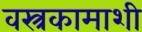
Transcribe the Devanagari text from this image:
वस्त्रकामाशी